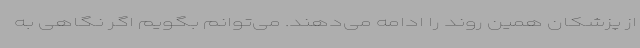
از پزشکان همین روند را ادامه می‌دهند. می‌توانم بگویم اگر نگاهی به